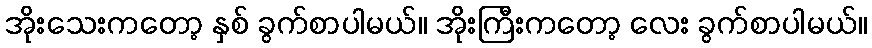
အိုးသေးကတော့ နှစ် ခွက်စာပါမယ်။ အိုးကြီးကတော့ လေး ခွက်စာပါမယ်။